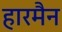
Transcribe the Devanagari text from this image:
हारमैन